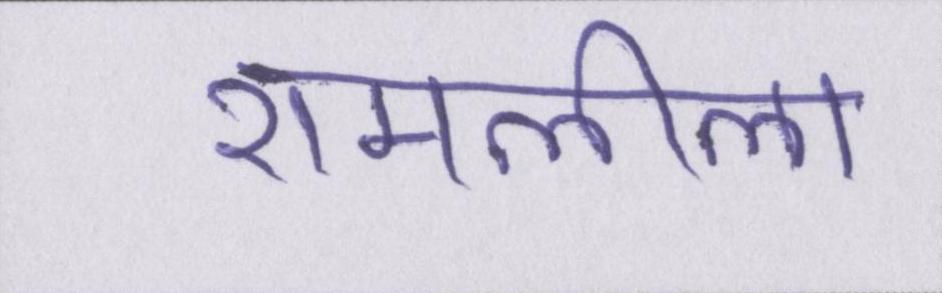
रामलीला